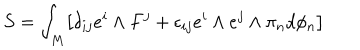
LaTeX: S = \int _ { M } \bigl [ \delta _ { i j } e ^ { i } \wedge F ^ { j } + \epsilon _ { i j } e ^ { i } \wedge e ^ { j } \wedge \pi _ { n } d \phi _ { n } \bigr ]